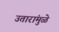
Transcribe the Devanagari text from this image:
उतारांमुळे